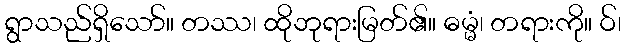
ရွာသည်ရှိသော်။ တဿ၊ ထိုဘုရားမြတ်၏။ ဓမ္မံ၊ တရားကို။ ဝ်၊